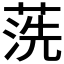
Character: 𱽽